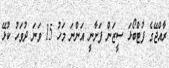
ރާއްޖޭގެ ފުޓްބޯޅަ ސީޒަން ފަށާނީ އަންނަ މަހު 15 ވަނަ ދުވަހު ކުޅޭ